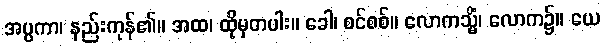
အပ္ပကာ၊ နည်းကုန်၏။ အထ၊ ထိုမှတပါး။ ခေါ၊ စင်စစ်။ လောကသ္မိံ၊ လောက၌။ ယေ